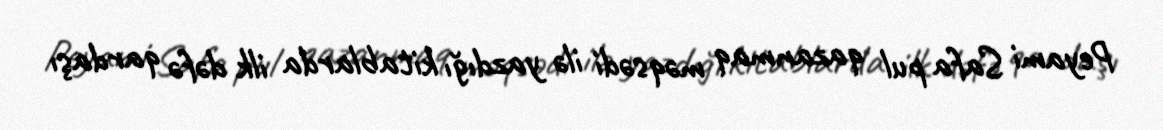
Peyami Safa pul qazanmaq məqsədi ilə yazdığı kitablarda ilk dəfə qardaşı